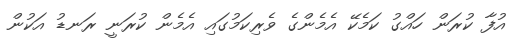
އުފާ ކުރަން ހައްގު ކަމެކޭ އެމެންގެ ވެރިކަމުގައި އެމެން ކުރަނީ ރަނޑު އަކުން